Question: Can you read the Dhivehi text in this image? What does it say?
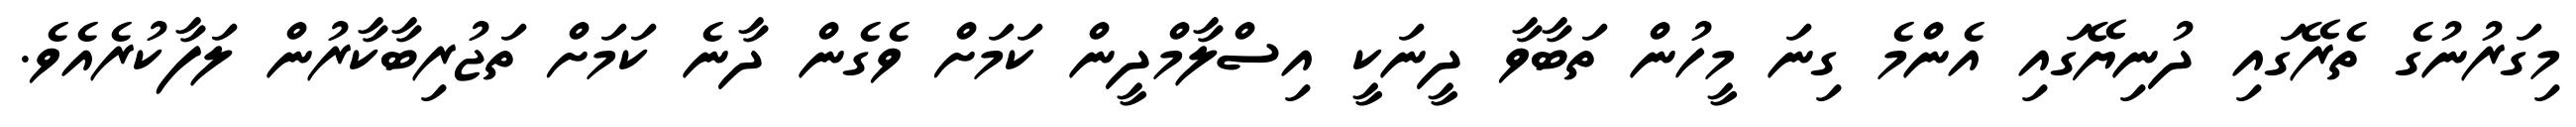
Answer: މިގަރުނުގެ ތެރޭގައި ދުނިޔޭގައި އެންމެ ގިނަ މީހުން ތަބާވާ ދީނަކީ އިސްލާމްދީން ކަމަށް ވެގެން ދާނެ ކަމަށް ތަޖުރިބާކާރުން ލަފާކުރެއެވެ.